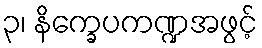
၃၊ နိက္ခေပကဏ္ဍအဖွင့်